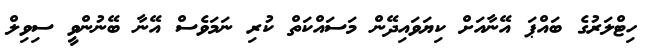
ހިޓްލަރުގެ ބައްޕަ އޭނާއަށް ކިޔަވައިދޭން މަސައްކަތް ކުރި ނަމަވެސް އޭނާ ބޭނުންވީ ސިވިލް